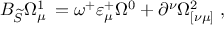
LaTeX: B _ { \widetilde { S } } \Omega _ { \mu \; } ^ { 1 } = \omega ^ { + } \varepsilon _ { \mu } ^ { + } \Omega ^ { 0 } + \partial ^ { \nu } \Omega _ { [ \nu \mu ] } ^ { 2 } \; ,